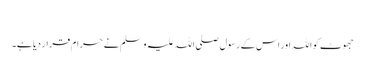
​
جھوٹ کو اللہ اور اس کے رسول صلی اللہ علیہ وسلم نے حرام قرار دیا ہے۔